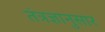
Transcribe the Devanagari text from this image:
तंत्रज्ञानुसार